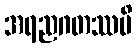
အရညဂတဿပိ